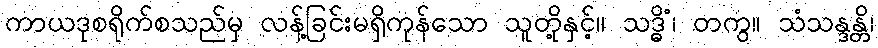
ကာယဒုစရိုက်စသည်မှ လန့်ခြင်းမရှိကုန်သော သူတို့နှင့်။ သဒ္ဓိံ၊ တကွ။ သံသန္ဒန္တိ၊